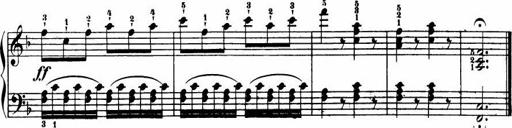
Title: Le bouquetier
Composer: Anton Diabelli
Key: G major
 C major
 F major
 C major